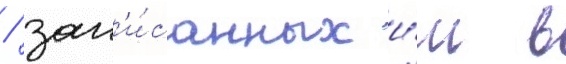
/ зап'и́санных и́м в